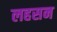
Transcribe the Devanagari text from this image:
लहसन